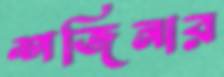
শজিনার